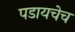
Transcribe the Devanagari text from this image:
पडायचेच